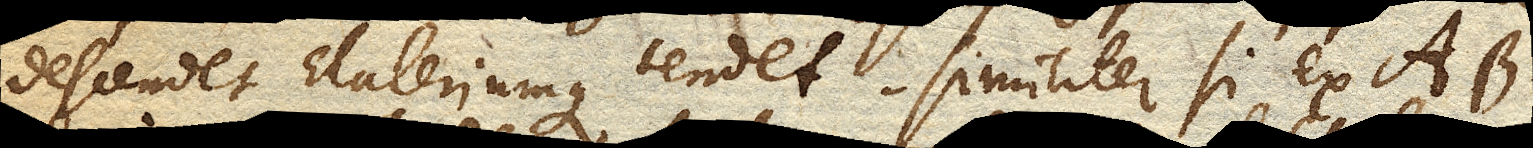
descendet Elateriumque tendet. Similiter si ex ab.